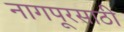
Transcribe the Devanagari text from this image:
नागपूरसाठी